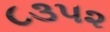
૮૩૫૨